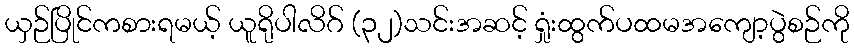
ယှဉ်ပြိုင်ကစားရမယ့် ယူရိုပါလိဂ် (၃၂)သင်းအဆင့် ရှုံးထွက်ပထမအကျော့ပွဲစဉ်ကို